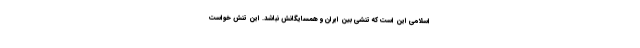
اسلامی این است که تنشی بین ایران و همسایگانش نباشد. این تنش خواست